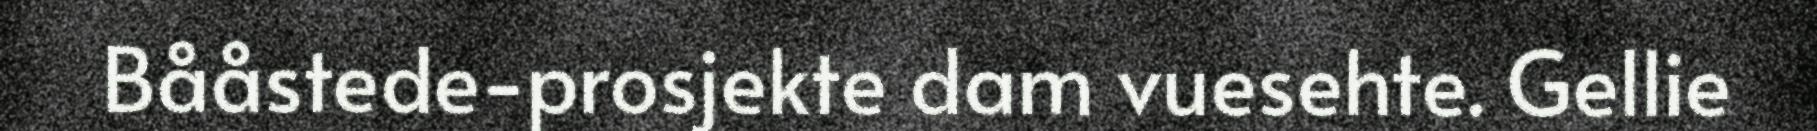
Bååstede-prosjekte dam vuesehte. Gellie